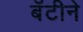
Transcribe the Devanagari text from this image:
बॅटीने